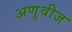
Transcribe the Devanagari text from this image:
अणुवीज